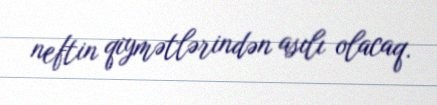
neftin qiymətlərindən asılı olacaq.